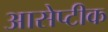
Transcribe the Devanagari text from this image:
आसेप्टीक